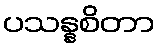
ပသန္နစိတာ